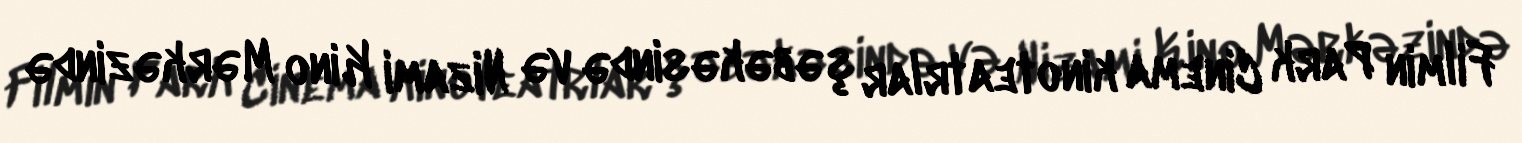
Filmin Park Cinema kinoteatrlar şəbəkəsində və Nizami Kino Mərkəzində